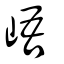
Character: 峿